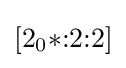
[2_{0}{*}{:}2{:}2]